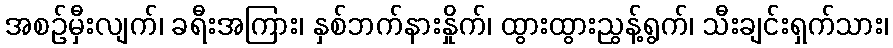
အစဉ်မှီးလျက်၊ ခရီးအကြား၊ နှစ်ဘက်နားနှိုက်၊ ထွားထွားညွန့်ရွက်၊ သီးချင်းရှက်သား၊